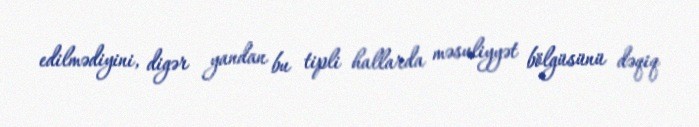
edilmədiyini, digər yandan bu tipli hallarda məsuliyyət bölgüsünü dəqiq